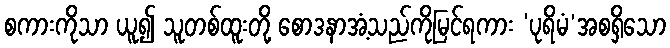
စကားကိုသာ ယူ၍ သူတစ်ထူးတို့ စောဒနာအံ့သည်ကိုမြင်ရကား ‘ပုရိမံ’အစရှိသော